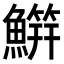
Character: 𬵭